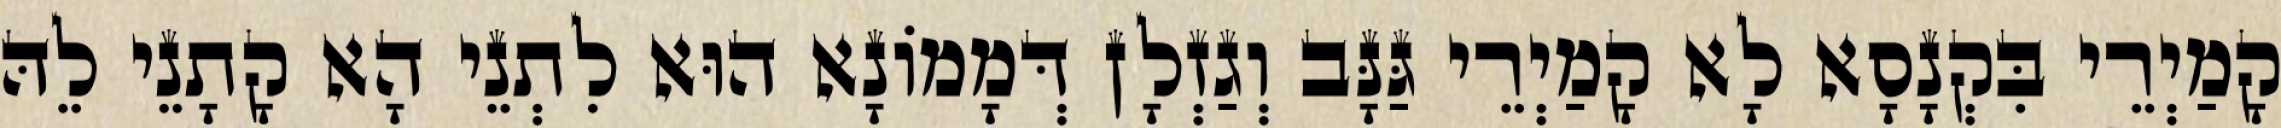
קָמַיְרֵי בִּקְנָסָא לָא קָמַיְרֵי גַּנָּב וְגַזְלָן דְּמָמוֹנָא הוּא לִתְנֵי הָא קָתָנֵי לֵהּ